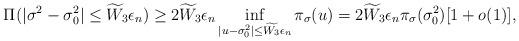
LaTeX: \begin{align*}\Pi(|\sigma^2-\sigma_0^2|\leq \widetilde{W}_3\epsilon_n)\geq2\widetilde{W}_3\epsilon_n\inf_{|u-\sigma_0^2|\leq\widetilde{W_3}\epsilon_n}\pi_{\sigma}(u)=2\widetilde{W}_3\epsilon_n\pi_{\sigma}(\sigma_0^2)[1+o(1)],\end{align*}